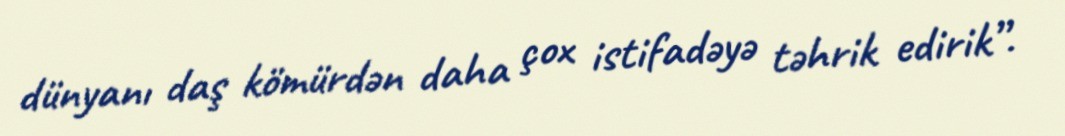
dünyanı daş kömürdən daha çox istifadəyə təhrik edirik”.